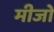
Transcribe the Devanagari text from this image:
मीजो